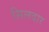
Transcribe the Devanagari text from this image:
सिलदार